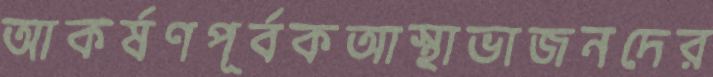
আকর্ষণপূর্বকআস্থাভাজনদের